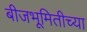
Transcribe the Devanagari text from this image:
बीजभूमितीच्या